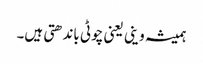
ہمیشہ وینی یعنی چوٹی باندھتی ہیں۔